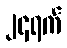
၂၄ရက်